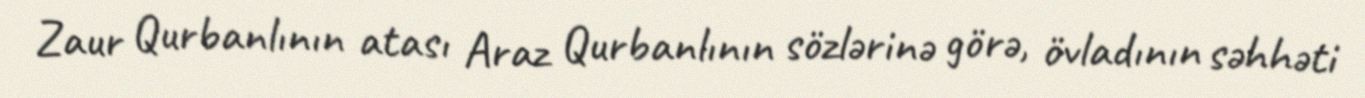
Zaur Qurbanlının atası Araz Qurbanlının sözlərinə görə, övladının səhhəti